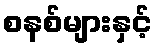
စနစ်များနှင့်